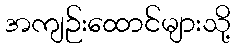
အကျဉ်းထောင်များသို့